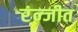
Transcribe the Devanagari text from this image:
रंन्जीत